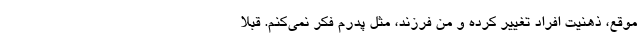
موقع، ذهنیت افراد تغییر کرده و منِ فرزند، مثل پدرم فکر نمی‌کنم. قبلاً